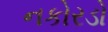
નકોરડો